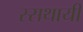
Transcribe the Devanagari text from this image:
स्सथायी